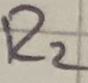
Text: R2